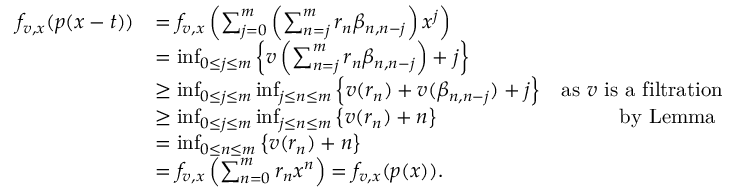
\begin{array} { r l r } { f _ { v , x } ( p ( x - t ) ) } & { = f _ { v , x } \left( \sum _ { j = 0 } ^ { m } \left( \sum _ { n = j } ^ { m } r _ { n } \beta _ { n , n - j } \right) x ^ { j } \right) } \\ & { = \operatorname* { i n f } _ { 0 \leq j \leq m } \left\{ v \left( \sum _ { n = j } ^ { m } r _ { n } \beta _ { n , n - j } \right) + j \right\} } \\ & { \geq \operatorname* { i n f } _ { 0 \leq j \leq m } \operatorname* { i n f } _ { j \leq n \leq m } \left\{ v ( r _ { n } ) + v ( \beta _ { n , n - j } ) + j \right\} } & { \mathrm { a s ~ } v \mathrm { ~ i s ~ a ~ f i l t r a t i o n } } \\ & { \geq \operatorname* { i n f } _ { 0 \leq j \leq m } \operatorname* { i n f } _ { j \leq n \leq m } \left\{ v ( r _ { n } ) + n \right\} } & { \mathrm { b y ~ L e m m a ~ } } \\ & { = \operatorname* { i n f } _ { 0 \leq n \leq m } \left\{ v ( r _ { n } ) + n \right\} } \\ & { = f _ { v , x } \left( \sum _ { n = 0 } ^ { m } r _ { n } x ^ { n } \right) = f _ { v , x } ( p ( x ) ) . } \end{array}